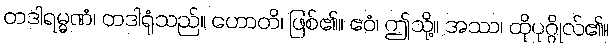
တဒါရမ္မဏံ၊ တဒါရုံသည်။ ဟောတိ၊ ဖြစ်၏။ ဧဝံ၊ ဤသို့။ အဿ၊ ထိုပုဂ္ဂိုလ်၏။